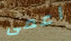
اعمى